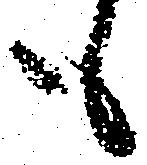
も